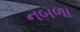
નબળા